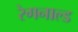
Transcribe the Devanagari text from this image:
रेगनाल्ड